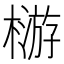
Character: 𣛦